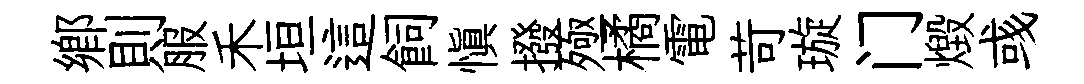
鄕則服禾垣這飼愼撥殛橘電苛璇门燬彧